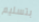
بتسليم